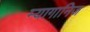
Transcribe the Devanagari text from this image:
म्यागानिज